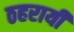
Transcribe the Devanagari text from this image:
ठहरायी